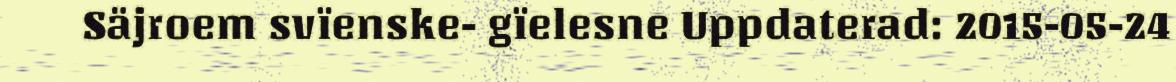
Säjroem svïenske- gïelesne Uppdaterad: 2015-05-24